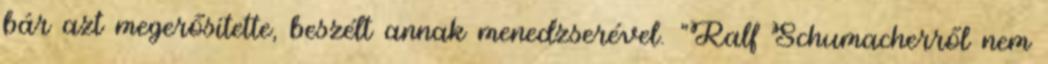
bár azt megerősítette, beszélt annak menedzserével. "Ralf Schumacherről nem